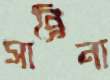
সাব্রিনা